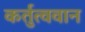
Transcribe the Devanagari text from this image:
कर्तुत्ववान